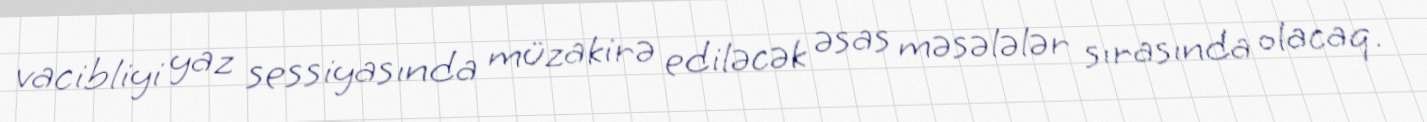
vacibliyi yaz sessiyasında müzakirə ediləcək əsas məsələlər sırasında olacaq.